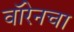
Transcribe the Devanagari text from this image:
वॉरेनचा